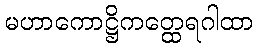
မဟာကောဋ္ဌိကတ္ထေရဂါထာ